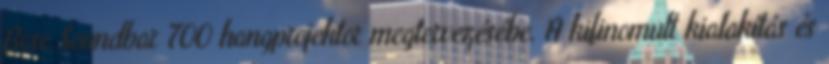
Bose Soundbar 700 hangprojektor megtervezésébe. A kifinomult kialakítás és